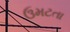
ઉમટતા